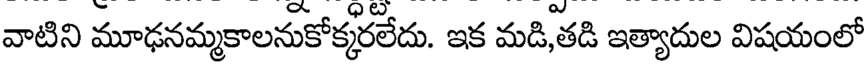
వాటిని మూఢనమ్మకాలనుకోక్కరలేదు. ఇక మడి,తడి ఇత్యాదుల విషయంలో